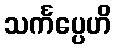
သင်္ကပ္ပေဟိ